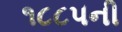
૧૮૮૫ની